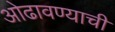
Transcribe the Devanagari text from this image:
ओढावण्याची